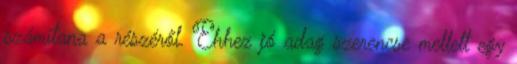
számítana a részéről. Ehhez jó adag szerencse mellett egy